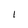
Character: I